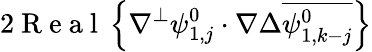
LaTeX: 2\mathrm{~R~e~a~l~}\left\{ \nabla^{\perp}\psi_{1,j}^{0}\cdot\nabla\Delta\overline{{\psi_{1,k-j}^{0}}}\right\}